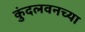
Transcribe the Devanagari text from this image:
कुंदलवनच्या